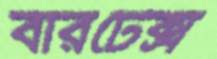
বারটেক্স